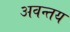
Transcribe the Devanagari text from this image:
अवन्तय